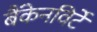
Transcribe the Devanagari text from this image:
बैंकेनविर्टे